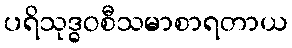
ပရိသုဒ္ဓဝစီသမာစာရတာယ